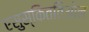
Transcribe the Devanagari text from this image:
एसुस्किततिओन